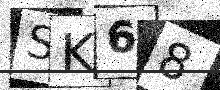
Text: SK68